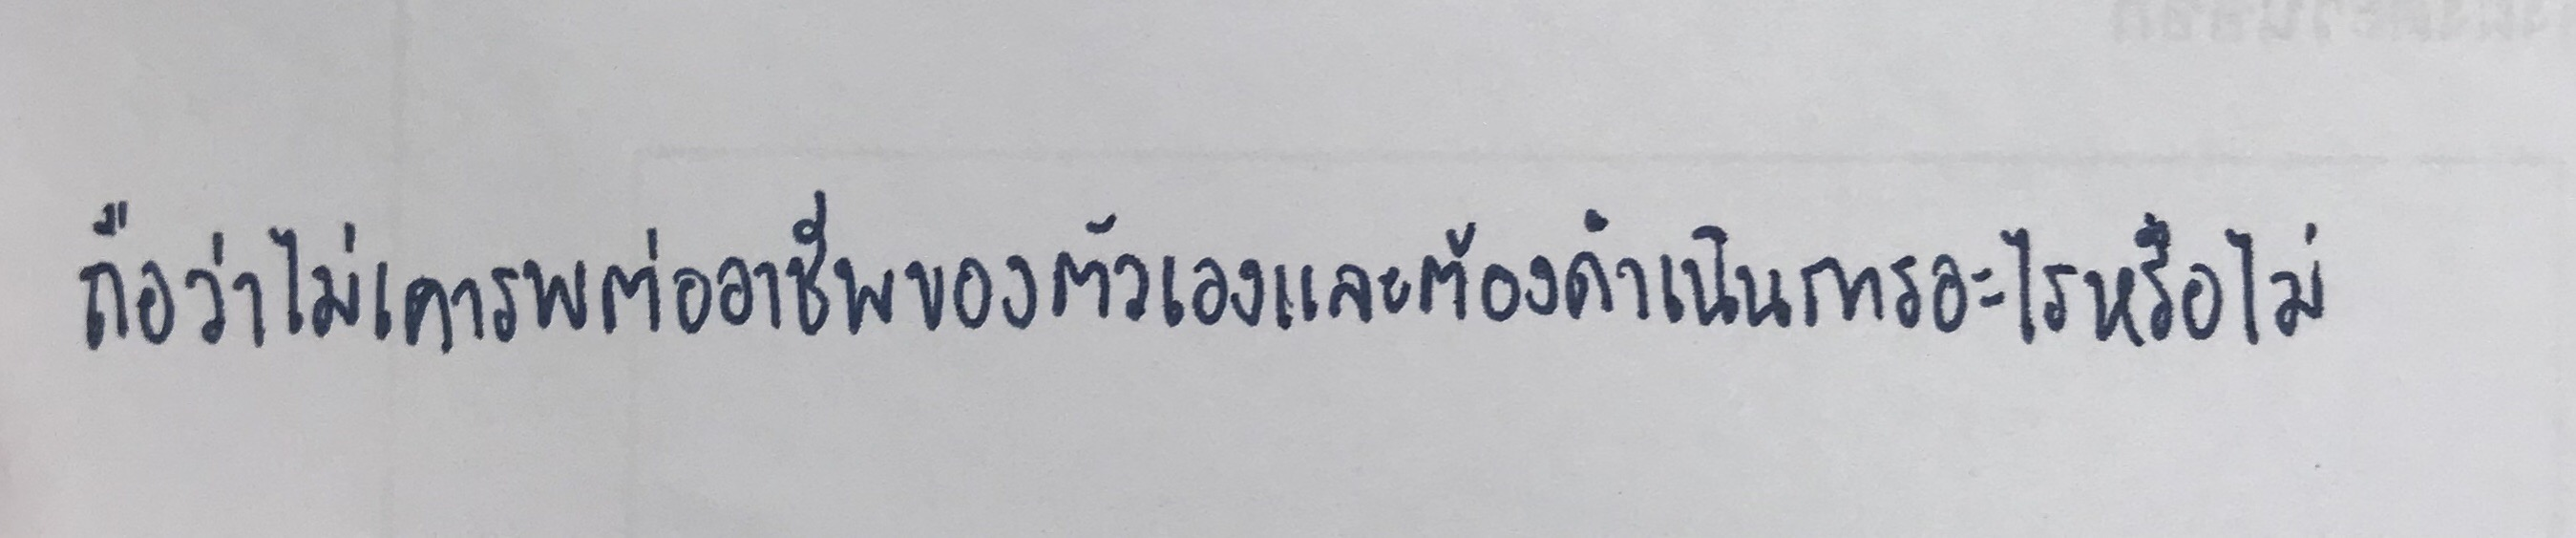
ถือว่าไม่เคารพต่ออาชีพของตัวเองและต้องดำเนินการอะไรหรือไม่